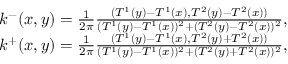
\begin{array} { r } { k ^ { - } ( x , y ) = \frac { 1 } { 2 \pi } \frac { ( T ^ { 1 } ( y ) - T ^ { 1 } ( x ) , T ^ { 2 } ( y ) - T ^ { 2 } ( x ) ) } { ( T ^ { 1 } ( y ) - T ^ { 1 } ( x ) ) ^ { 2 } + ( T ^ { 2 } ( y ) - T ^ { 2 } ( x ) ) ^ { 2 } } , } \\ { k ^ { + } ( x , y ) = \frac { 1 } { 2 \pi } \frac { ( T ^ { 1 } ( y ) - T ^ { 1 } ( x ) , T ^ { 2 } ( y ) + T ^ { 2 } ( x ) ) } { ( T ^ { 1 } ( y ) - T ^ { 1 } ( x ) ) ^ { 2 } + ( T ^ { 2 } ( y ) + T ^ { 2 } ( x ) ) ^ { 2 } } , } \end{array}